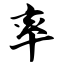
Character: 率